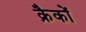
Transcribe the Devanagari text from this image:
क्रैकों